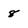
Character: 8